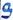
Text: S